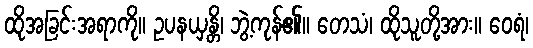
ထိုအခြင်းအရာကို။ ဥပနယှန္တိ၊ ဘွဲ့ကုန်၏။ တေသံ၊ ထိုသူတို့အား။ ဝေရံ၊